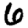
Digit: 6